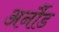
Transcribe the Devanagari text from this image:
अर्नौड